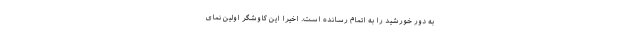
به دور خورشید را به اتمام رسانده است. اخیراً این کاوشگر اولین نمای